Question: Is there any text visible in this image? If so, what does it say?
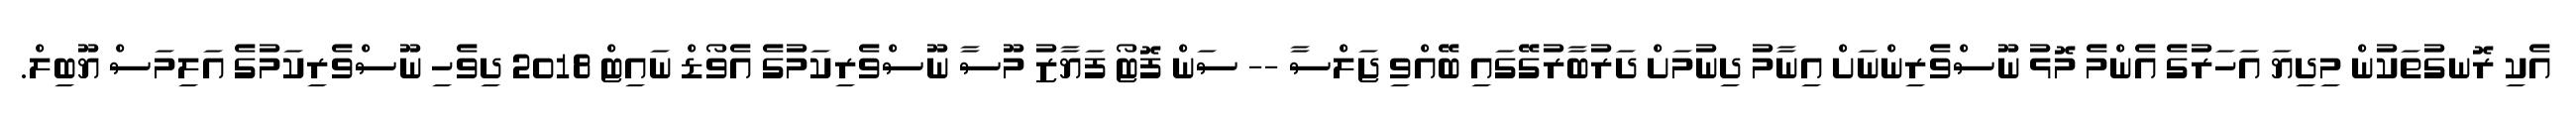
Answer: އެކި ރޮނގުތަކުން މިދިޔަ އަހަރުގެ އެންމެ މޮޅު ނޫސްވެރިންނަށް އިނާމު ދިނުމަށް ދަރުބާރުގޭގައި ބޭއްވި ޖަލްސާ -- ސަން ފޮޓޯ ފަޔާޒު މޫސާ ނޫސްވެރިކަމުގެ އެވޯޑް ނައިޓް 2018 ދިވެހި ނޫސްވެރިކަމުގެ އަލިމަސް ޔޫބިލް.